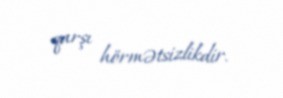
qarşı hörmətsizlikdir.